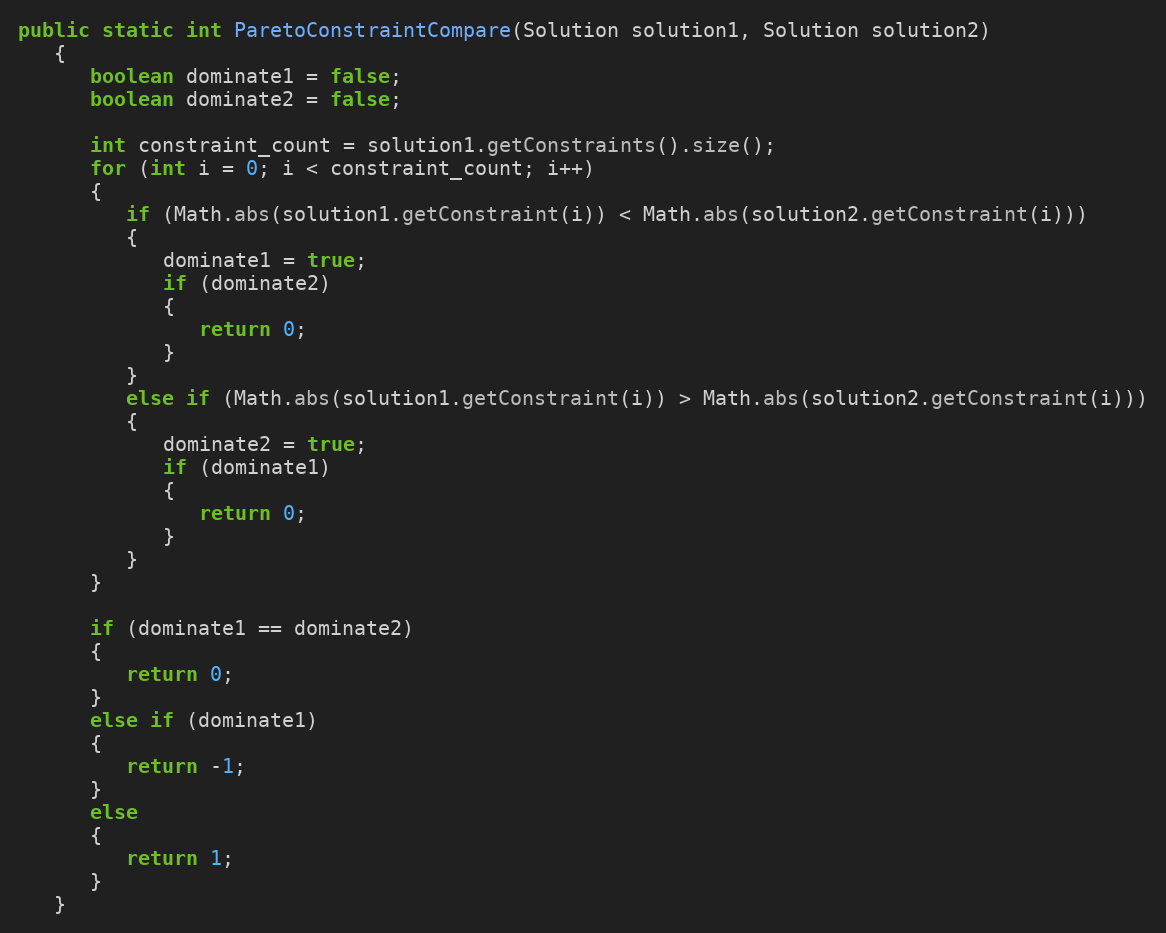
Language: Java
public static int ParetoConstraintCompare(Solution solution1, Solution solution2)
   {
      boolean dominate1 = false;
      boolean dominate2 = false;

      int constraint_count = solution1.getConstraints().size();
      for (int i = 0; i < constraint_count; i++)
      {
         if (Math.abs(solution1.getConstraint(i)) < Math.abs(solution2.getConstraint(i)))
         {
            dominate1 = true;
            if (dominate2)
            {
               return 0;
            }
         }
         else if (Math.abs(solution1.getConstraint(i)) > Math.abs(solution2.getConstraint(i)))
         {
            dominate2 = true;
            if (dominate1)
            {
               return 0;
            }
         }
      }

      if (dominate1 == dominate2)
      {
         return 0;
      }
      else if (dominate1)
      {
         return -1;
      }
      else
      {
         return 1;
      }
   }